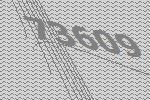
73609